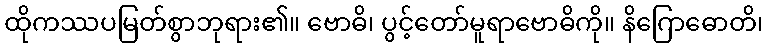
ထိုကဿပမြတ်စွာဘုရား၏။ ဗောဓိ၊ ပွင့်တော်မူရာဗောဓိကို။ နိဂြောဓောတိ၊